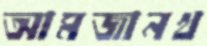
আমজানখ